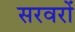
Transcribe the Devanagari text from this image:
सरवरों